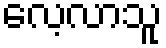
လေ့လာသူ